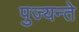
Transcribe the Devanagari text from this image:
पुज्यन्ते